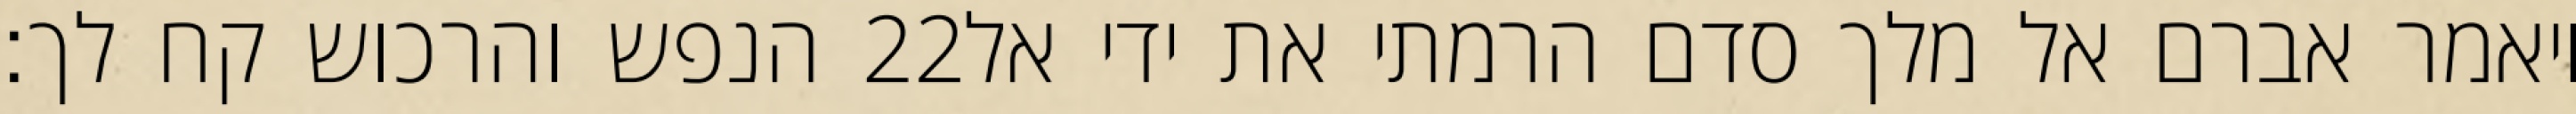
הנפש והרכוש קח לך׃ ‎22‏ ויאמר אברם אל מלך סדם הרמתי את ידי אל